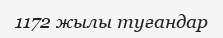
1172 жылы туғандар